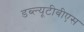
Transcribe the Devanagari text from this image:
डब्ल्यूटीबीएस